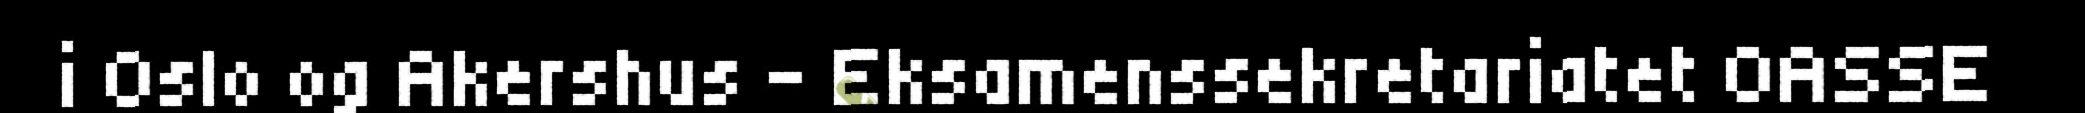
i Oslo og Akershus - Eksamenssekretariatet OASSE